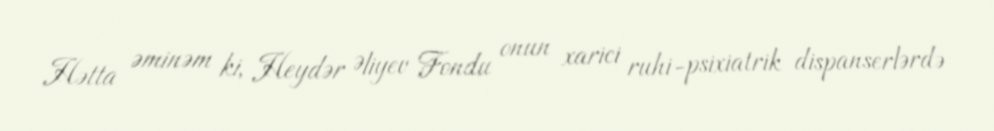
Hətta əminəm ki, Heydər Əliyev Fondu onun xarici ruhi-psixiatrik dispanserlərdə